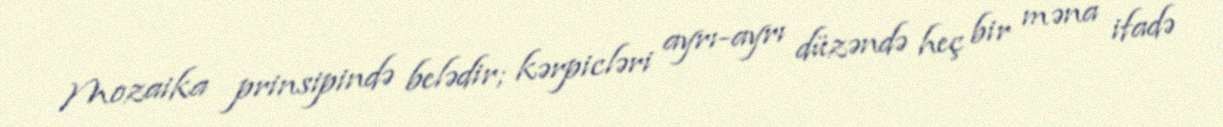
Mozaika prinsipində belədir; kərpicləri ayrı-ayrı düzəndə heç bir məna ifadə